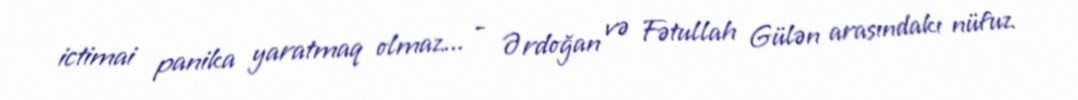
ictimai panika yaratmaq olmaz... - Ərdoğan və Fətullah Gülən arasındakı nüfuz